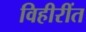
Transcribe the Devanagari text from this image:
विहीरींत